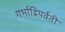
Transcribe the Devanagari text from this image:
गर्भाद्रिपर्वती